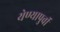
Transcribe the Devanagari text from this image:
येण्यापुर्वी